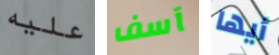
عليه آسف أيها